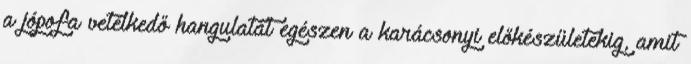
a jópofa vetélkedő hangulatát egészen a karácsonyi előkészületekig, amit